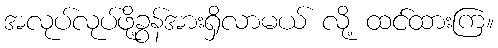
အလုပ်လုပ်ဖို့ခွန်အားရှိလာမယ် လို့ ထင်ထားကြ။